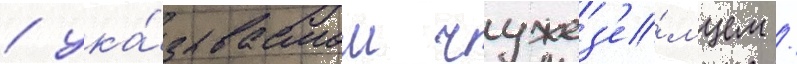
/ ука́зываемом чужез'е́мцем /